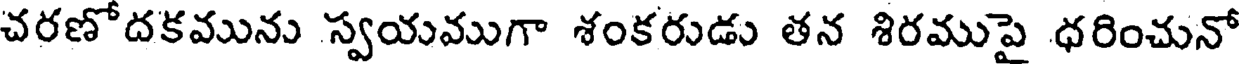
చరణోదకమును స్వయముగా శంకరుడు తన శిరముపై ధరించునో